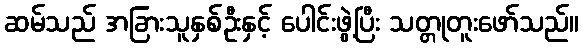
ဆမ်သည် အခြားသူနှစ်ဦးနှင့် ပေါင်းဖွဲ့ပြီး သတ္တုတူးဖော်သည်။